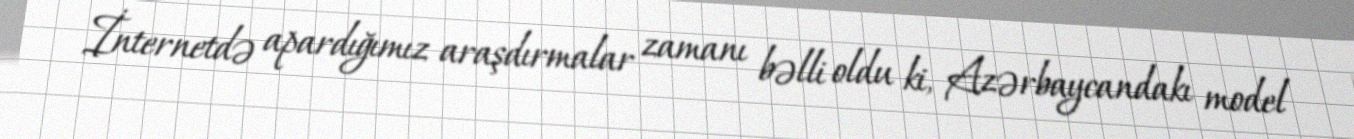
İnternetdə apardığımız araşdırmalar zamanı bəlli oldu ki, Azərbaycandakı model